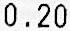
0.20